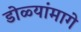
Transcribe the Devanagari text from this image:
डोळ्यांमागे